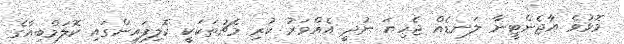
މޮޅުވެ އާޖެންޓީނާ ލަނޑެއް ޖެހިޔަ ނުދީ އެއްވަރު ކުރި މެޗުތަކަކީ ކޮލިފައިންގައި ކޮލަމްބިއާގެ